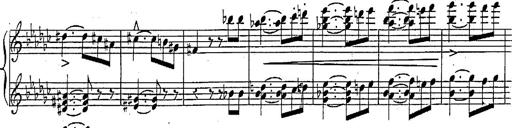
Title: Marche et Cavatine de Lucie de Lammermoor, S.398
Composer: Franz Liszt